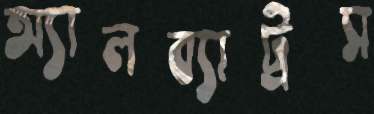
অ্যালব্যাট্রস